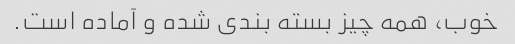
خوب، همه چیز بسته بندی شده و آماده است.